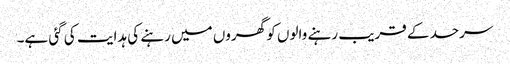
سرحد کے قریب رہنے والوں کو گھروں میں رہنے کی ہدایت کی گئی ہے۔